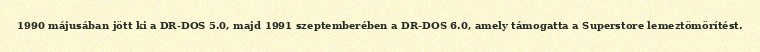
1990 májusában jött ki a DR-DOS 5.0, majd 1991 szeptemberében a DR-DOS 6.0, amely támogatta a Superstore lemeztömörítést.